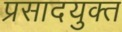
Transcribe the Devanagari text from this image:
प्रसादयुक्त